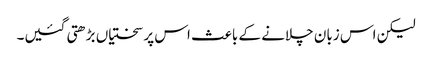
لیکن اس زبان چلانے کے باعث اس پر سختیاں بڑھتی گئیں۔